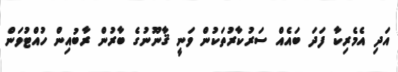
އަދި އެމެރިކާ ފަދަ ބައެއް ސަރުކާރުތަކުން ވަނީ ޤާނޫނުގެ ބާރުން ރާބުއިން ހުއްޓުވަން